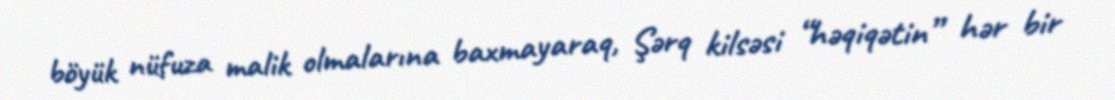
böyük nüfuza malik olmalarına baxmayaraq, Şərq kilsəsi “həqiqətin” hər bir